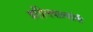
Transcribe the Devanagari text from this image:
काँग्रेसवाल्यांनी